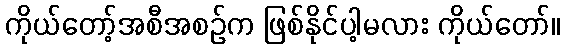
ကိုယ်တော့်အစီအစဉ်က ဖြစ်နိုင်ပါ့မလား ကိုယ်တော်။